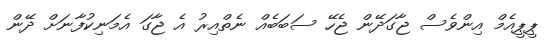
ޕީޕީއެމް އިންވެސް ޖާގަދޭން ޖެހޭ ސަބަބެއް ނެތްއިރު އެ ޖާގަ އެމަނިކުފާނަށް ދޭން